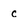
Character: c